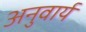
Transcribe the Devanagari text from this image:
अनुवार्य